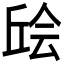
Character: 𫠴